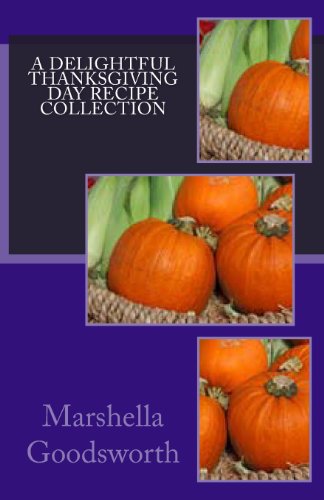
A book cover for A Delightful Thanksgiving Day Recipe Collection; Marshella Goodsworth; Cookbooks, Food & Wine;